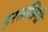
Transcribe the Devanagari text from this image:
हरसंखिनी